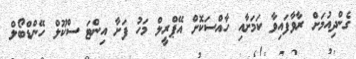
ގެންދިއުމަށް ރާވާފައިވާ ކަމަށާއި ހާއްސަކޮށް އޭޕްރީލް މަހު ފަށާ އިންޓަ ސްކޫލް ހޭންޑްބޯލް